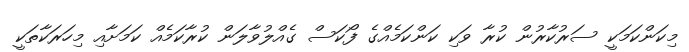
މިކަންކަމަކީ ސަރުކާރުން ކުރާ ވަކި ކަންކަމެއްގެ ފޯކަސް ގެއްލުވާލަން ކުރާކަމެއް ކަމަށާއި މިހަރަކާތަކީ